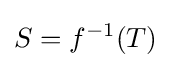
S=f^{-1}(T)